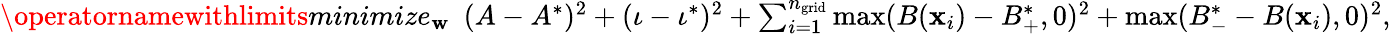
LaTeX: \begin{array}{r}{\operatornamewithlimits{minimize}_{\mathbf{w}}\ \ (A-A^{*})^{2}+(\iota-\iota^{*})^{2}+\sum_{i=1}^{{n_{\mathrm{grid}}}}\operatorname*{max}(B(\mathbf{x}_{i})-B_{+}^{*},0)^{2}+\operatorname*{max}(B_{-}^{*}-B(\mathbf{x}_{i}),0)^{2},}\end{array}